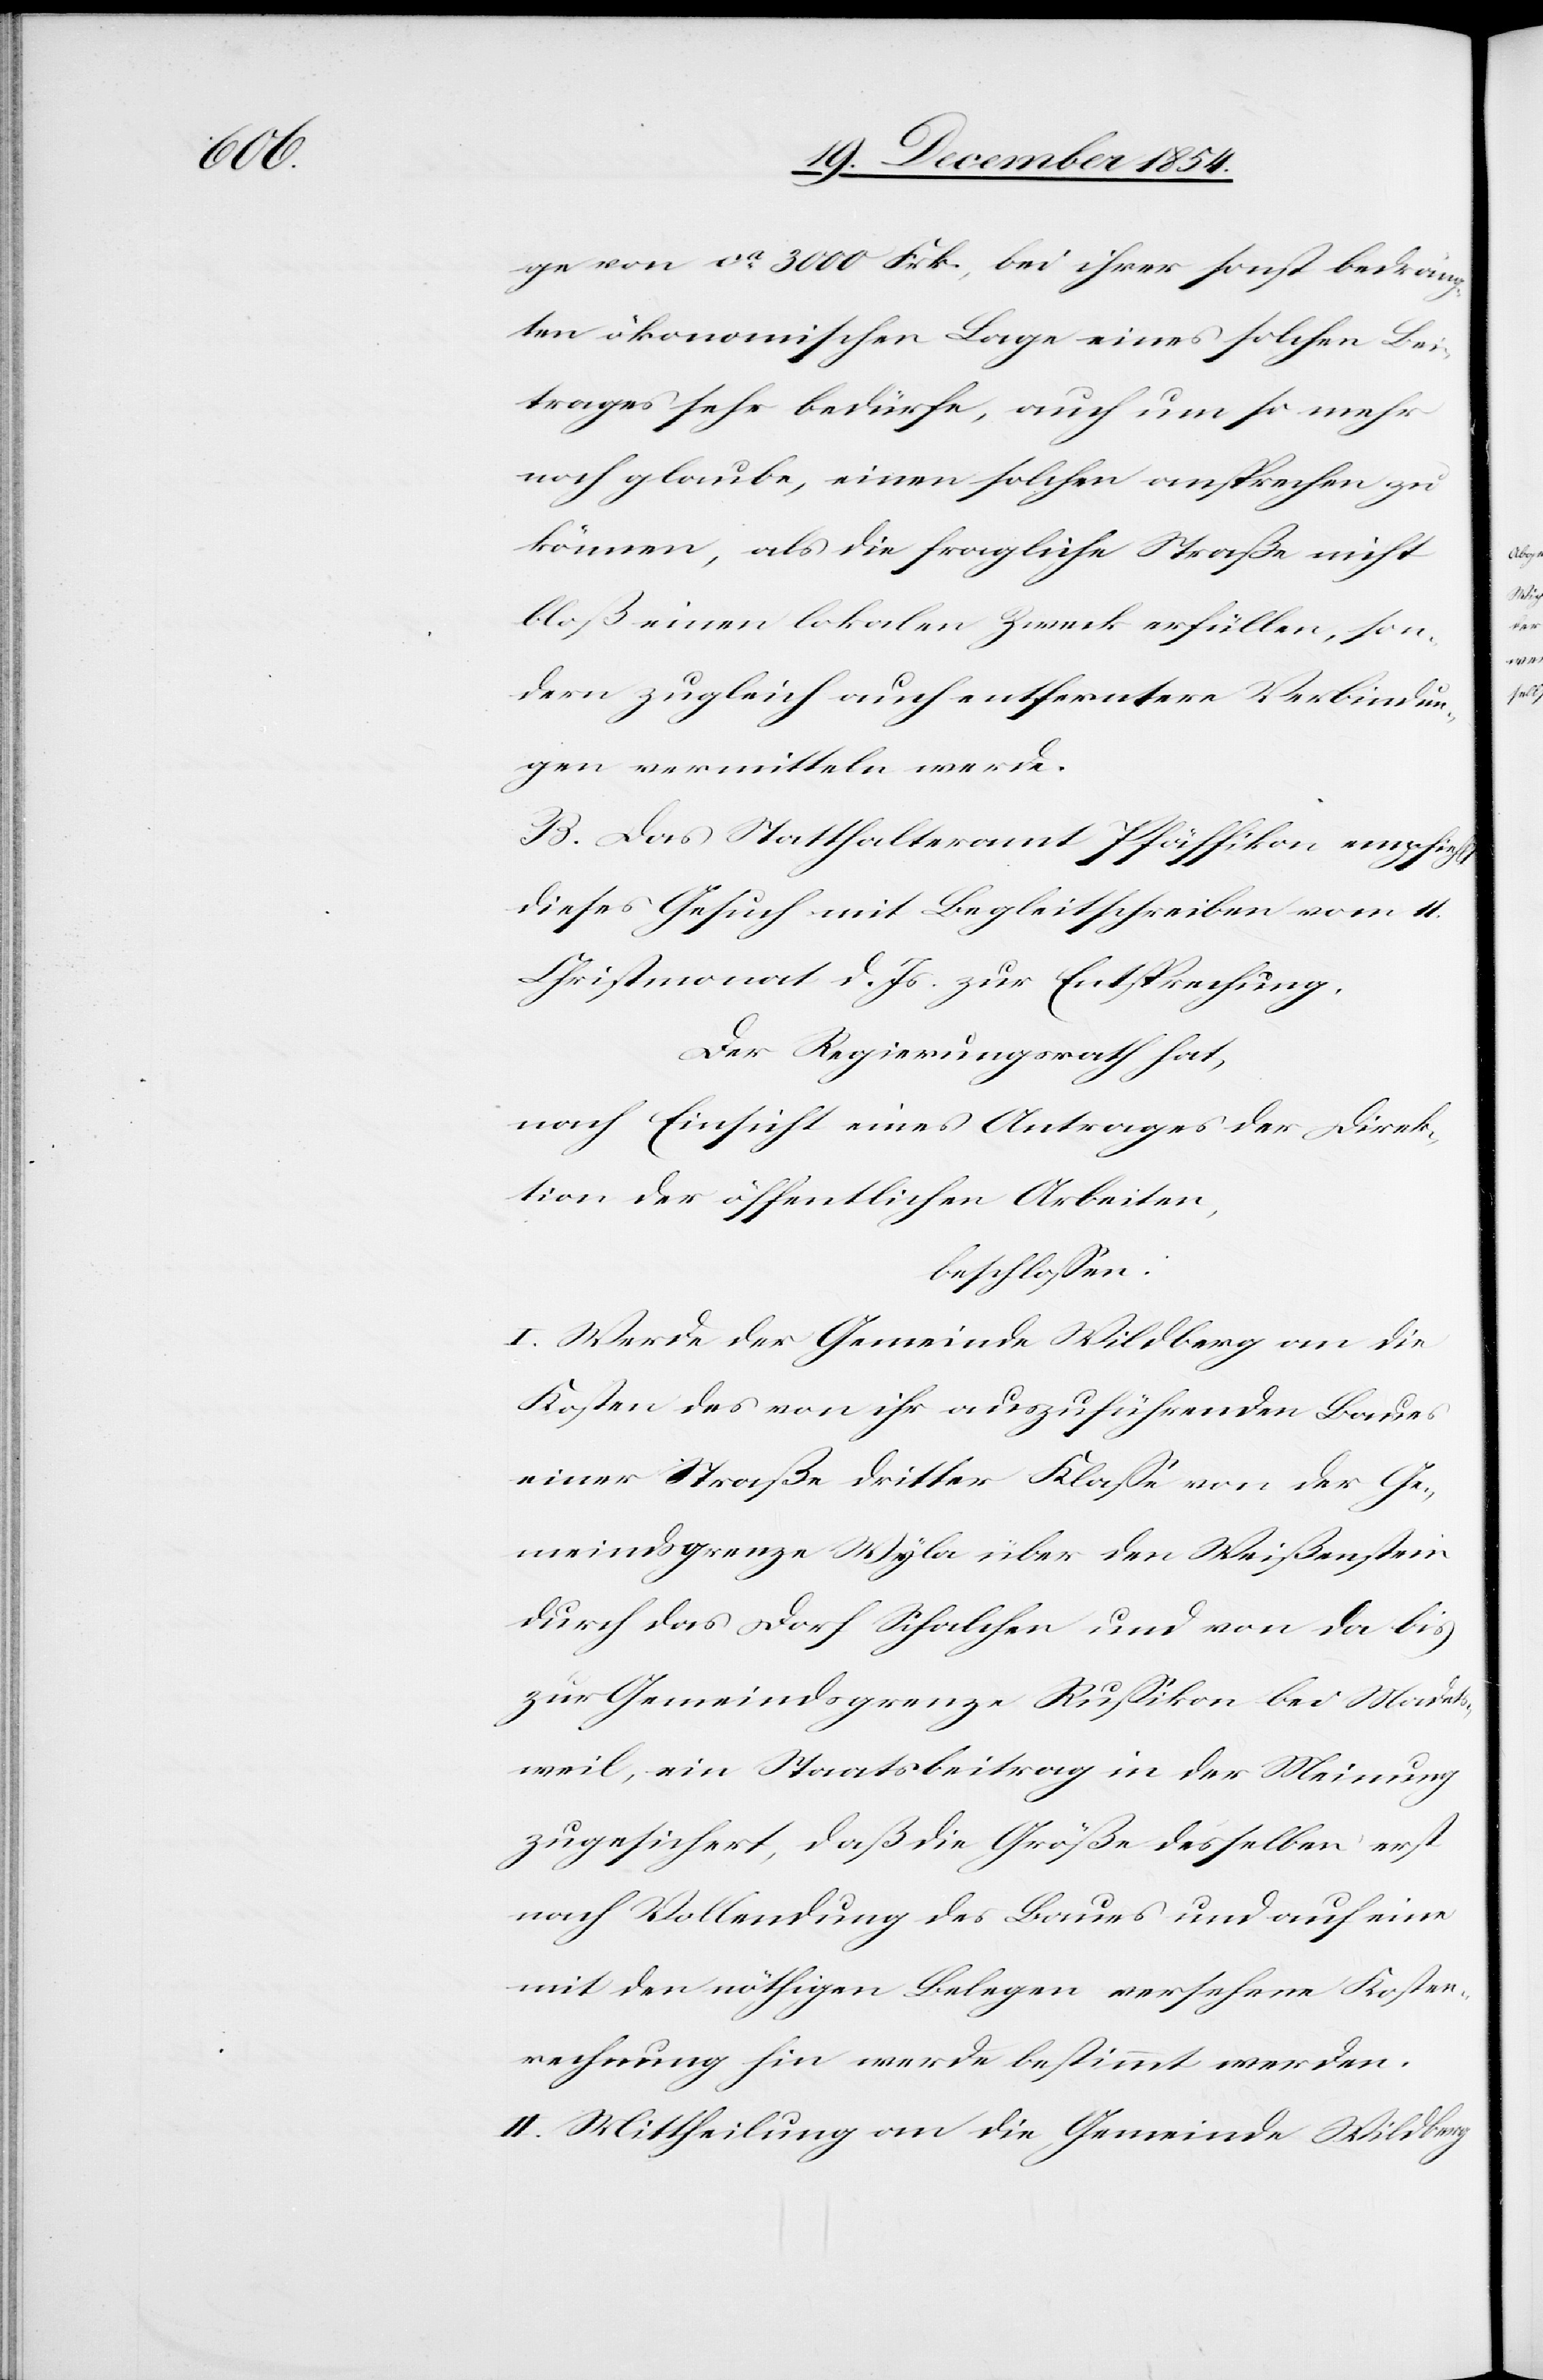
ge von ca 3000 Frk, bei ihrer sonst bedrän¬
gten ökonomischen Lage eines solchen Bei¬
trages sehr bedürfe, auch um so mehr
noch glaube, einen solchen ansprechen zu
können, als die fragliche Straße nicht
bloß einen lokalen Zweck erfüllen, son¬
dern zugleich auch entferntere Verbindun¬
gen vermitteln werde.
B. Das Statthalteramt Pfäffikon empfiehlt
dieses Gesuch mit Begleitschreiben vom 11.
Christmonat d. Js. zur Entsprechung.
Der Regierungsrath hat,
nach Einsicht eines Antrages der Direk¬
tion der öffentlichen Arbeiten,
beschloßen:
I. Werde der Gemeinde Wildberg an die
Kosten des von ihr auszuführenden Baues
einer Straße dritter Klaße von der Ge¬
meindsgrenze Wyla über den Weißenstein
durch das Dorf Schalchen und von da bis
zur Gemeindsgrenze Rußikon bei Madets¬
weil, ein Staatsbeitrag in der Meinung
zugesichert, daß die Größe desselben erst
nach Vollendung des Baues und auf eine
mit den nöthigen Belegen versehene Kosten¬
rechnung hin werde bestimmt werden.
II. Mittheilung an die Gemeinde Wildberg